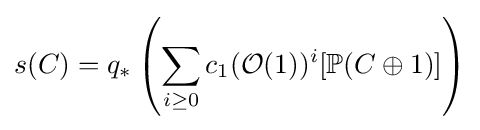
s(C)=q_{*}\left(\sum _{i\geq 0}c_{1}({\mathcal {O}}(1))^{i}[\mathbb {P} (C\oplus 1)]\right)